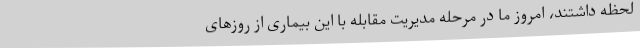
لحظه داشتند، امروز ما در مرحله مدیریت مقابله با این بیماری از روزهای